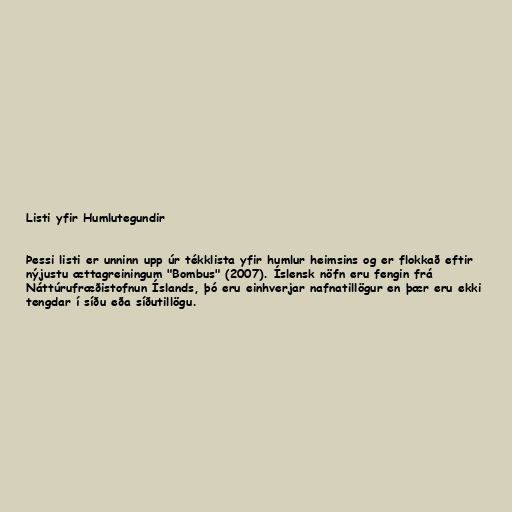
Listi yfir Humlutegundir

Þessi listi er unninn upp úr tékklista yfir humlur heimsins og er flokkað eftir
nýjustu ættagreiningum "Bombus" (2007). Íslensk nöfn eru fengin frá
Náttúrufræðistofnun Íslands, þó eru einhverjar nafnatillögur en þær eru ekki
tengdar í síðu eða síðutillögu.